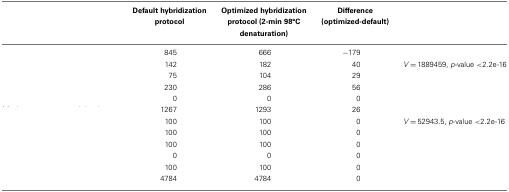
<table><thead><tr><td>[EMPTY_CELL]</td><td><b>Default hybridization protocol</b></td><td><b>Optimized hybridization protocol (2-min 98°C denaturation)</b></td><td><b>Difference (optimized-default)</b></td><td>[EMPTY_CELL]</td></tr></thead><tbody><tr><td>[EMPTY_CELL]</td><td>845</td><td>666</td><td>−179</td><td>[EMPTY_CELL]</td></tr><tr><td>[EMPTY_CELL]</td><td>142</td><td>182</td><td>40</td><td><i>V</i> = 1889459, <i>p</i>-value &lt;2.2e-16</td></tr><tr><td>[EMPTY_CELL]</td><td>75</td><td>104</td><td>29</td><td>[EMPTY_CELL]</td></tr><tr><td>[EMPTY_CELL]</td><td>230</td><td>286</td><td>56</td><td>[EMPTY_CELL]</td></tr><tr><td>[EMPTY_CELL]</td><td>0</td><td>0</td><td>0</td><td>[EMPTY_CELL]</td></tr><tr><td>[EMPTY_CELL]</td><td>1267</td><td>1293</td><td>26</td><td>[EMPTY_CELL]</td></tr><tr><td>[EMPTY_CELL]</td><td>100</td><td>100</td><td>0</td><td><i>V</i> = 52943.5, <i>p</i>-value &lt;2.2e-16</td></tr><tr><td>[EMPTY_CELL]</td><td>100</td><td>100</td><td>0</td><td>[EMPTY_CELL]</td></tr><tr><td>[EMPTY_CELL]</td><td>100</td><td>100</td><td>0</td><td>[EMPTY_CELL]</td></tr><tr><td>[EMPTY_CELL]</td><td>0</td><td>0</td><td>0</td><td>[EMPTY_CELL]</td></tr><tr><td>[EMPTY_CELL]</td><td>100</td><td>100</td><td>0</td><td>[EMPTY_CELL]</td></tr><tr><td>[EMPTY_CELL]</td><td>4784</td><td>4784</td><td>0</td><td>[EMPTY_CELL]</td></tr></tbody></table>